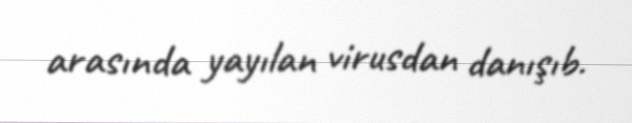
arasında yayılan virusdan danışıb.